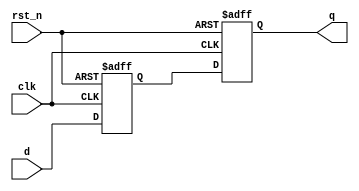
/****************************************
______________                ______________
______________ \  /\  /|\  /| ______________
______________  \/  \/ | \/ | ______________
--Module Name:  latency.v
--Project Name: GitHub
--Data modified: 2015-09-17 10:55:13 +0800
--author:Young-
--E-mail: wmy367@Gmail.com
****************************************/
`timescale 1ns/1ps
module latency #(
	parameter	LAT		= 2,
	parameter	DSIZE	= 1
)(
	input					clk,
	input					rst_n,
	input [DSIZE-1:0]		d,
	output[DSIZE-1:0]		q
);

reg	[DSIZE-1:0]		ltc		[LAT-1:0];

always@(posedge clk,negedge rst_n)begin:GEN_LAT
integer II;
	if(~rst_n)begin
		for(II=0;II<LAT;II=II+1)
			ltc[II]		<= {DSIZE{1'b0}};
	end else begin
		ltc[0]	<= d;
		for(II=1;II<LAT;II=II+1)
			ltc[II]		<= ltc[II-1];
end end

assign	q	= ltc[LAT-1];

endmodule